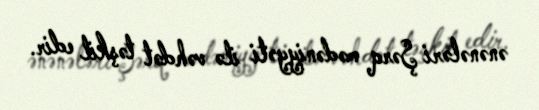
ənənələri Şərq mədəniyyəti ilə vəhdət təşkil edir.